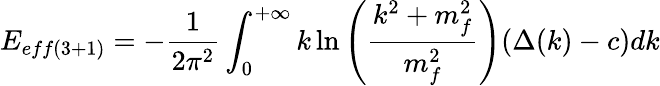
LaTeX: E_{eff(3+1)}=-\frac{1}{2\pi^{2}}\int_{0}^{+\infty}k\ln\left(\frac{k^{2}+m_{f}^{2}}{m_{f}^{2}}\right)(\Delta(k)-c)dk